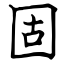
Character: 固